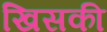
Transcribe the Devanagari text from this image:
खिसकी